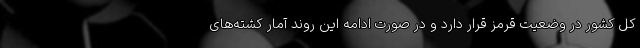
کل کشور در وضعیت قرمز قرار دارد و در صورت ادامه این روند آمار کشته‌های